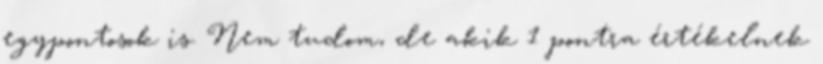
egypontosok is. Nem tudom, de akik 1 pontra értékelnek